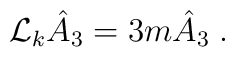
\mathcal{L}_{k} \hat{A}_3=3m\hat{A}_3 \; .